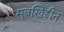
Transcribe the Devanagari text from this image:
सुबखिद्दीन